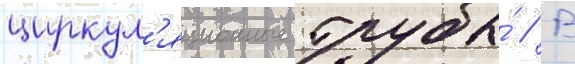
циркул'яционные трубы́ // В